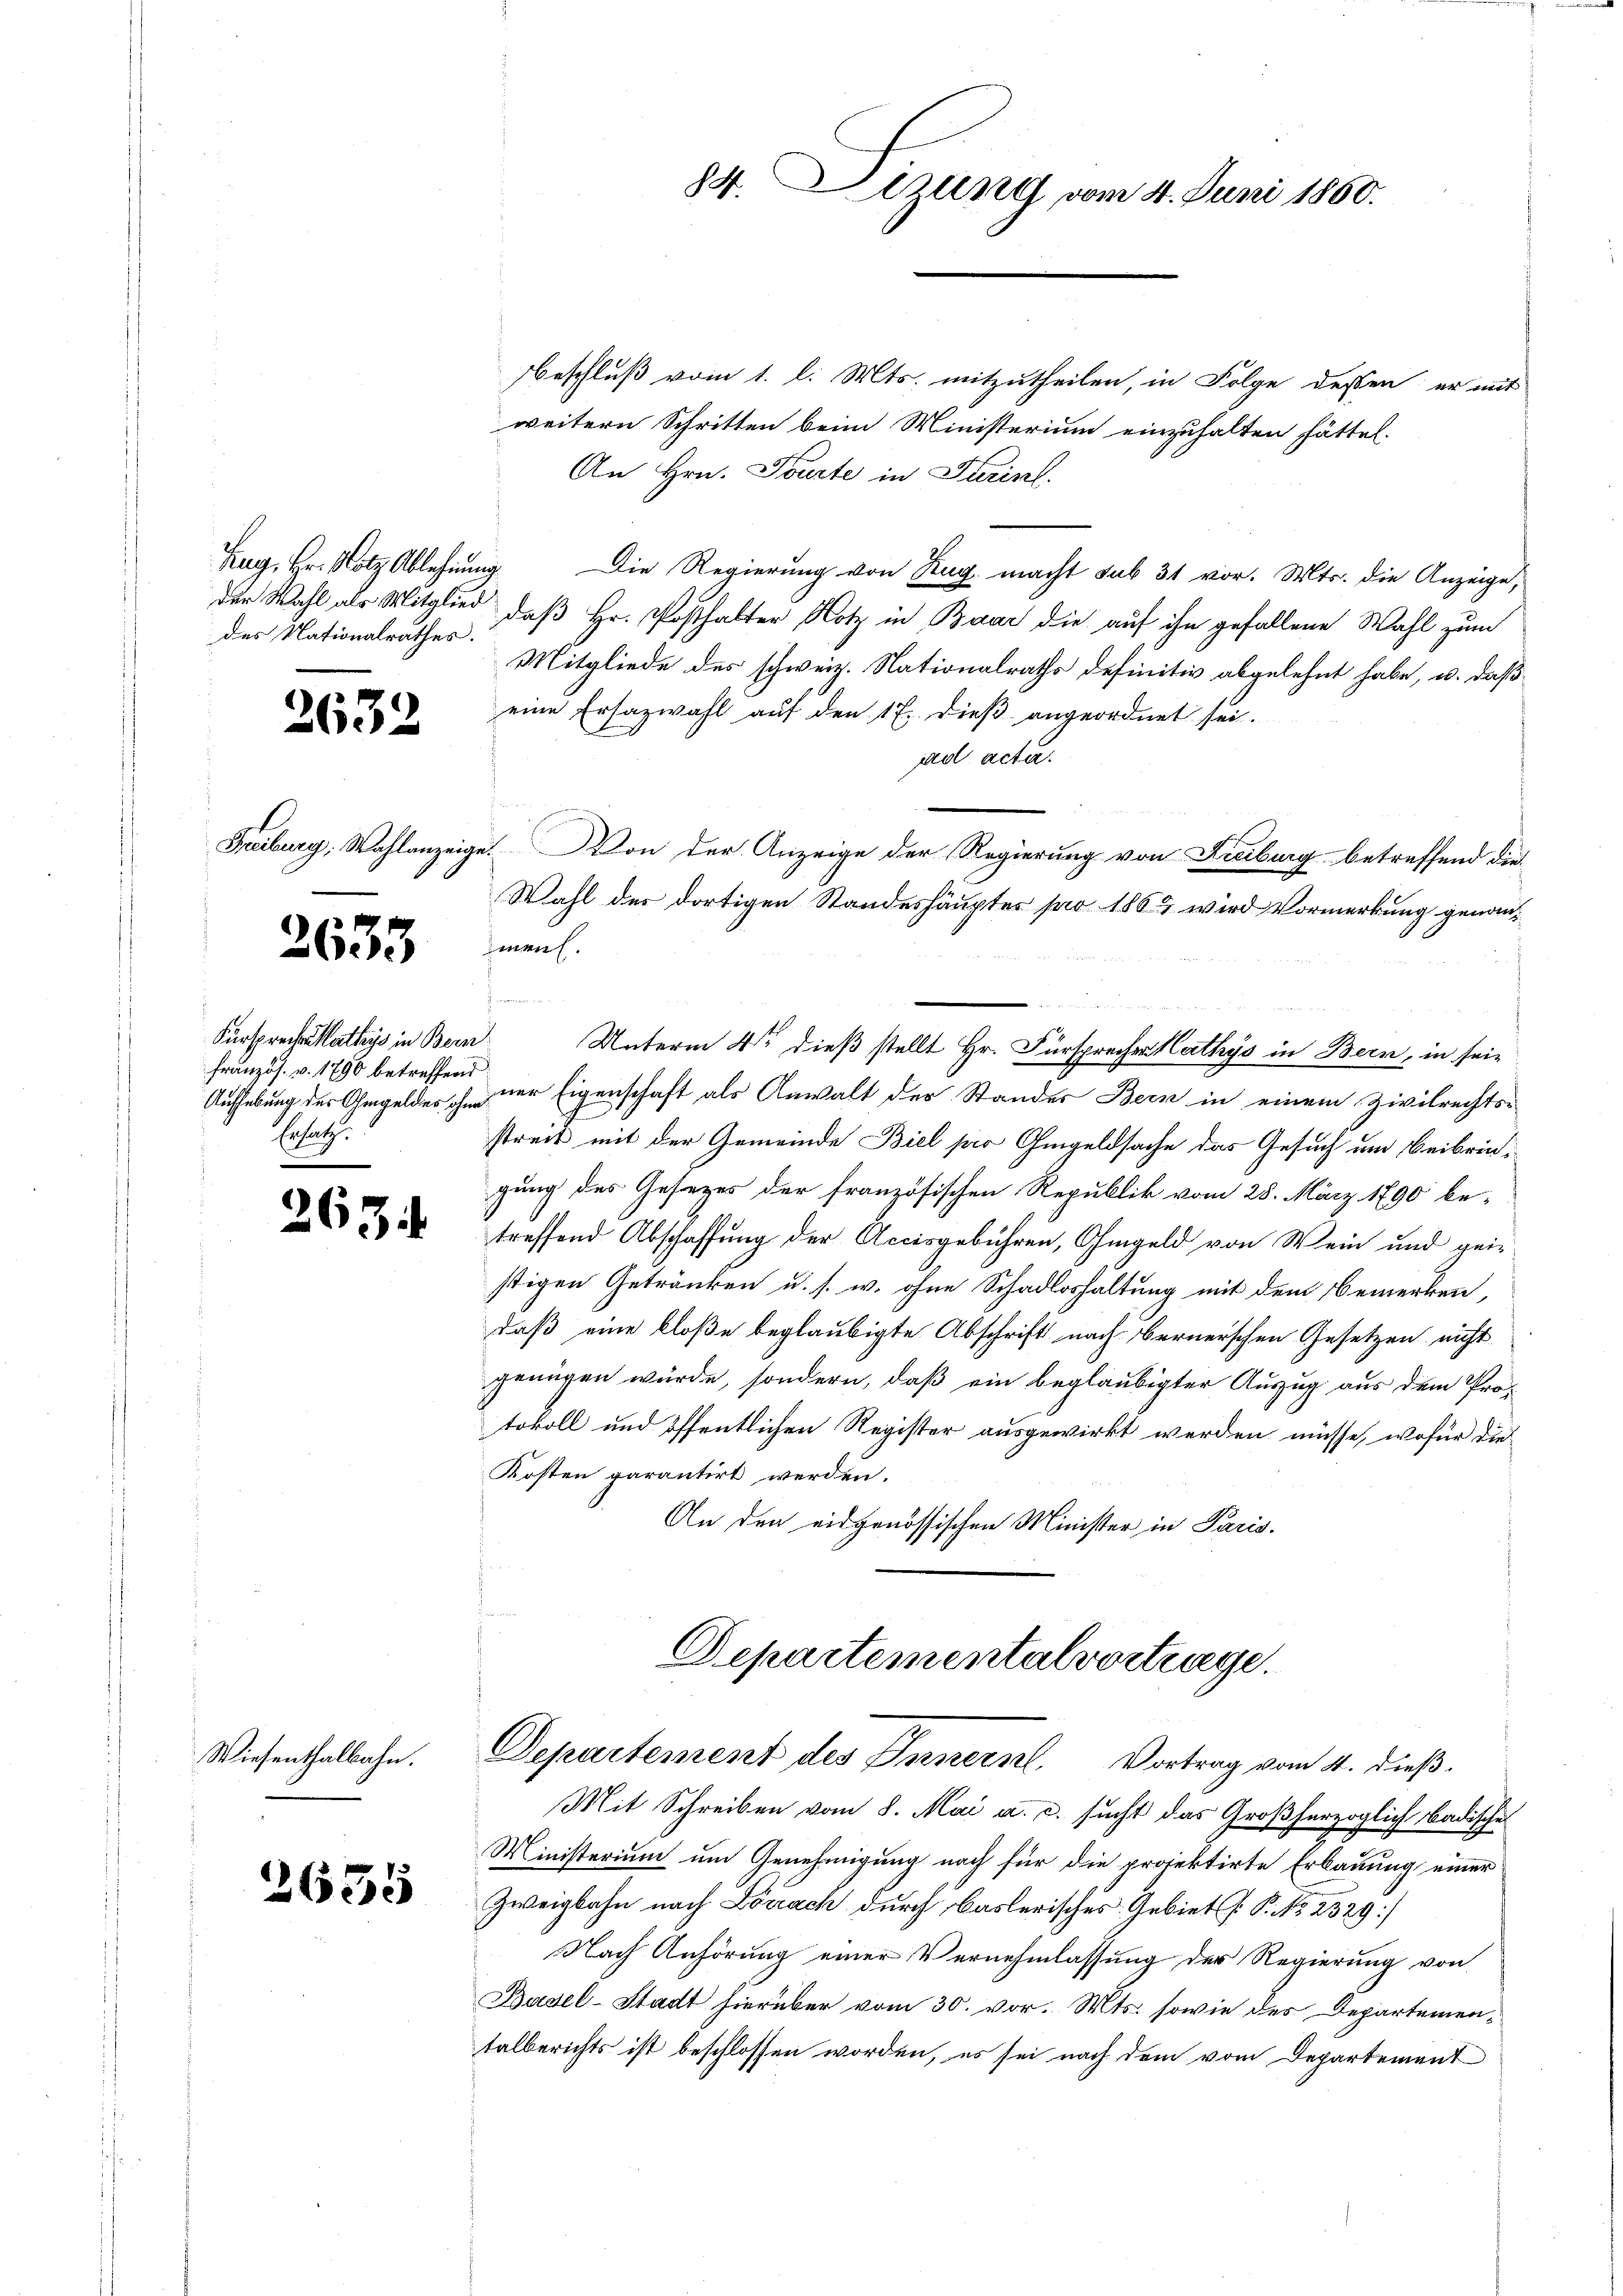
Zug, Hr. Hotz Ablehnung
des Nationalrathes.

2632

2633

Fürspreche Mathys in Bern
französ. v. 1790 betreffen
Aufhebung der Gegeldes ohn
Ersatz.

13

Wiesenthalbahn.

2635

beschluß vom 1. l. Mts. mitzutheilen, in Folge dessen, er mit
weitern Schritten beim Ministerium einzuhalten hätte.
An Hrn. Tourte in Turinl.
Die Regierung von Hug macht sub 31 vor. Mts. die Anzeige,
der Wahl als Mitglied, daß Hr. Posthalter Hotz in Baar die auf ihn gefallene Wahl zum
Mitgliede des schweiz. Nationalraths definitiv abgelehnt habe, u. daß
eine Ersazwahl auf den 17. dieß angeordnet sei.
ad acter.
i
Freiburg, Wahlanzeige. Von der Anzeige der Regierung von Freiburg betreffend die¬
Wahl des dortigen Standeshäuptes pro 1862 wird Vormerkung genanmen.
22
Unterm 4ten dieß stellt Hr. Fürsprechen Mathys in Bern, in seie
 der Eigenschaft als Anwalt der Standes Bern in einem Zivilrechts-
streit mit der Gemeinde Biel pr Gmgeldsache das Gesuch um Beibringung des Gesezes der französischen Republik vom 25. März 1890 be-
treffend Abschaffung der Accisgebühren, Ohmgeld von Wein und gei-
stigen Getränken u. s. w. ohne Schadloshaltung mit dem Bemerken,
daß eine bloße beglaubigte Abschrift nach bernerschen Gesetzen nicht
genügen würde, sondern, daß ein beglaubigter Auszug aus dem Protokoll und öffentlichen Register ausgewirkt werden müsse, wofür die
Kosten parantirt werden.
An den eidgenössischen Minister in Paris.

84. Lesung vom 4. Juni 1860.

Departementalvertrage.
Departement des Innern Vortrag vom 4. dieß.

Mit Schreiben vom 8. Mai a. c. sucht das Großherzoglich badische
Ministerium um Genehmigung noch für die projektirte Erbauung einer
Zweigbahn nach Lörrach durch Baslerisches Gebiet P. P. No. 2329)
Nach Anhörung einer Vernehmlassung der Regierung von
Basel-Stadt hierüber vom 30. vor. Mts. sowie des Departementalberichts ist beschlossen worden, es sei nach dem vom Departement